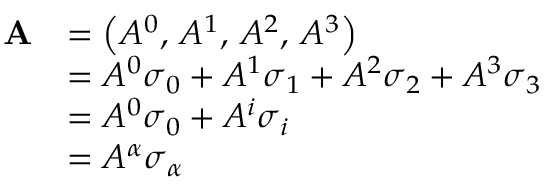
{ \begin{array} { r l } { \mathbf { A } } & { = \left( A ^ { 0 } , \, A ^ { 1 } , \, A ^ { 2 } , \, A ^ { 3 } \right) } \\ & { = A ^ { 0 } { \boldsymbol { \sigma } } _ { 0 } + A ^ { 1 } { \boldsymbol { \sigma } } _ { 1 } + A ^ { 2 } { \boldsymbol { \sigma } } _ { 2 } + A ^ { 3 } { \boldsymbol { \sigma } } _ { 3 } } \\ & { = A ^ { 0 } { \boldsymbol { \sigma } } _ { 0 } + A ^ { i } { \boldsymbol { \sigma } } _ { i } } \\ & { = A ^ { \alpha } { \boldsymbol { \sigma } } _ { \alpha } } \end{array} }